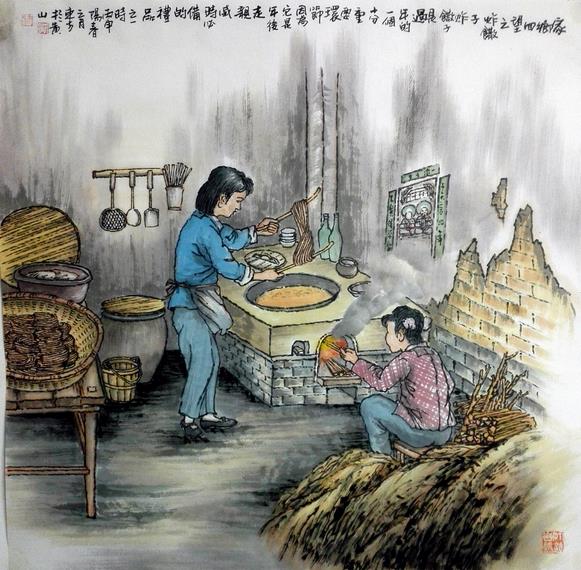
亲戚不附，无务外交。